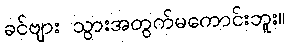
ခင်ဗျား သွားအတွက်မကောင်းဘူး။